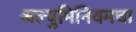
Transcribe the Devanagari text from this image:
अल्युमिनियमचा